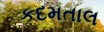
કદમતાલ